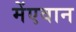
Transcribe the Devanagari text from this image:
मेंएवान